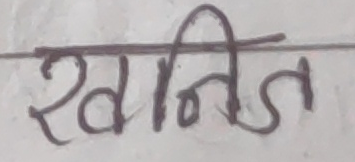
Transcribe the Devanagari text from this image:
खनिज